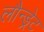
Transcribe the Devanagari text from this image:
लौन्ड्रेट